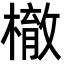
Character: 㯙